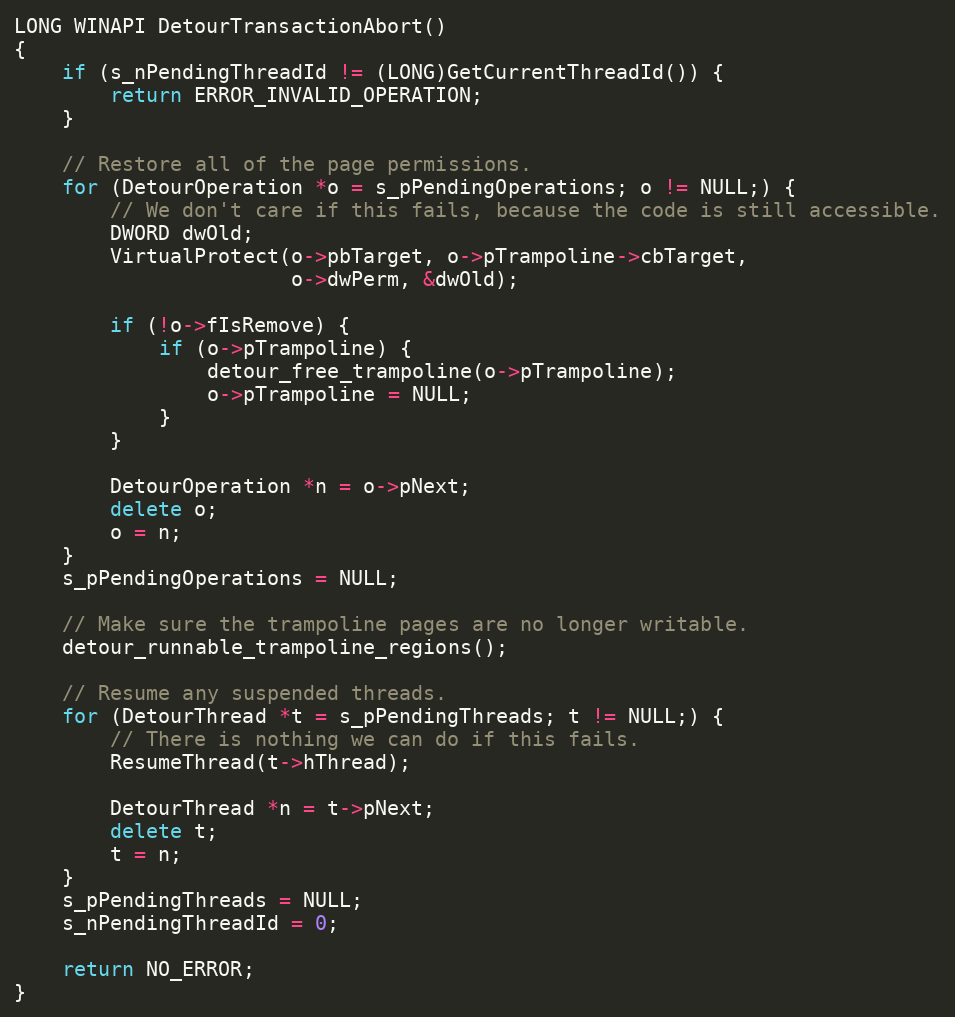
Language: C++
LONG WINAPI DetourTransactionAbort()
{
    if (s_nPendingThreadId != (LONG)GetCurrentThreadId()) {
        return ERROR_INVALID_OPERATION;
    }

    // Restore all of the page permissions.
    for (DetourOperation *o = s_pPendingOperations; o != NULL;) {
        // We don't care if this fails, because the code is still accessible.
        DWORD dwOld;
        VirtualProtect(o->pbTarget, o->pTrampoline->cbTarget,
                       o->dwPerm, &dwOld);

        if (!o->fIsRemove) {
            if (o->pTrampoline) {
                detour_free_trampoline(o->pTrampoline);
                o->pTrampoline = NULL;
            }
        }

        DetourOperation *n = o->pNext;
        delete o;
        o = n;
    }
    s_pPendingOperations = NULL;

    // Make sure the trampoline pages are no longer writable.
    detour_runnable_trampoline_regions();

    // Resume any suspended threads.
    for (DetourThread *t = s_pPendingThreads; t != NULL;) {
        // There is nothing we can do if this fails.
        ResumeThread(t->hThread);

        DetourThread *n = t->pNext;
        delete t;
        t = n;
    }
    s_pPendingThreads = NULL;
    s_nPendingThreadId = 0;

    return NO_ERROR;
}